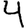
Digit: 4